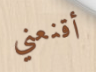
أقنعني